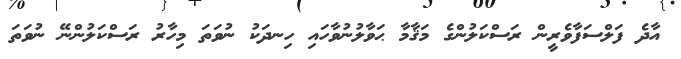
އާދެ ފަލްސަފާވެރީން ރަސްކަލުންގެ މަޤާމާ ޙަވާލުނުވާހައި ހިނދަކު ނުވަތަ މިހާރު ރަސްކަލުންނޭ ނުވަތަ